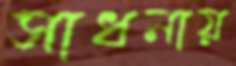
সাধনায়